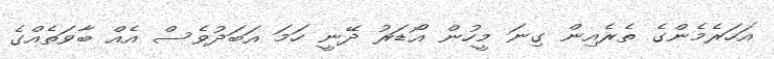
އަހަރެމެންގެ ތެރެއިން ގިނަ މީހުން އޯޑަރު ދޭނީ ހަމަ އަބަދުވެސް އެއް ބާވަތެއްގެ